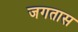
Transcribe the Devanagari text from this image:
जगतास